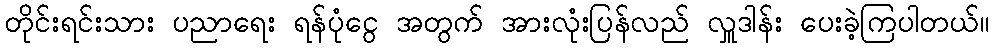
တိုင်းရင်းသား ပညာရေး ရန်ပုံငွေ အတွက် အားလုံးပြန်လည် လှူဒါန်း ပေးခဲ့ကြပါတယ်။